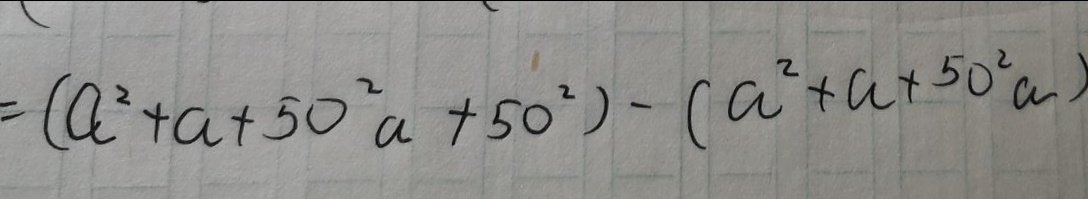
= ( a ^ { 2 } + a + 5 0 ^ { 2 } a + 5 0 ^ { 2 } ) - ( a ^ { 2 } + a + 5 0 ^ { 2 } a )